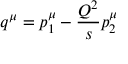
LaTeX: q ^ { \mu } = p _ { 1 } ^ { \mu } - \frac { Q ^ { 2 } } { s } p _ { 2 } ^ { \mu }